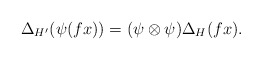
\begin{align*}\Delta_{H'}(\psi(fx))=(\psi\otimes\psi)\Delta_H(fx).\end{align*}